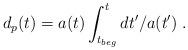
LaTeX: \begin{align*}d_p(t) = a(t) \int_{t_{beg}}^t dt'/a(t') \; .\end{align*}